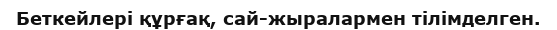
Беткейлері құрғақ, сай-жыралармен тілімделген.